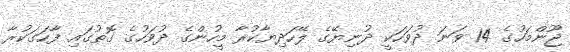
ޖޫންމަހުގެ 14 ވަނަ ދުވަހަކީ ދުނިޔޭގެ ލޭހަދިޔާކުރާ މީހުންގެ ދުވަހުގެ ގޮތުގައި ފާހަގަކުރާ